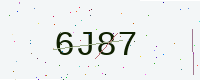
Text: 6J87